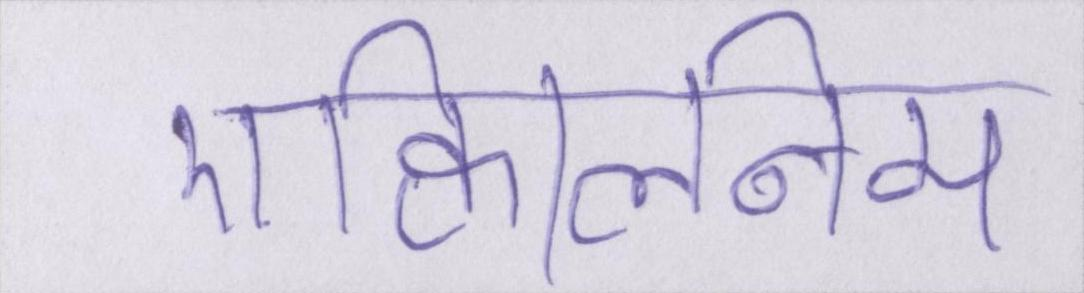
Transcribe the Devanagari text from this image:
एक्विलिनम